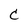
Character: C